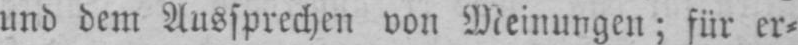
und dem Aussprechen von Meinungen; für er⸗